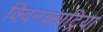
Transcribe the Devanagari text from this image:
क्विनक्वाट्रिया